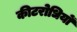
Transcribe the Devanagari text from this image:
कीटरोधियों